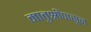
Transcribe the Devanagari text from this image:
मातुश्रींपासून